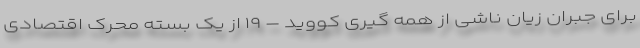
برای جبران زیان ناشی از همه گیری کووید – ۱۹ از یک بسته محرک اقتصادی